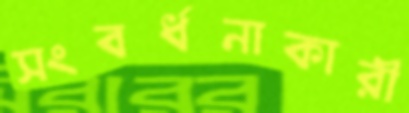
সংবর্ধনাকারী